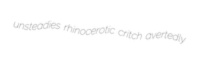
unsteadies rhinocerotic critch avertedly